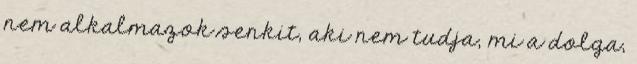
nem alkalmazok senkit, aki nem tudja, mi a dolga,